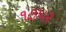
૧૭૫૨